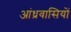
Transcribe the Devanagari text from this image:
आंध्रवासियों